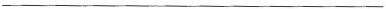
___